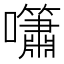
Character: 𡅣